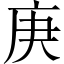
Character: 庚